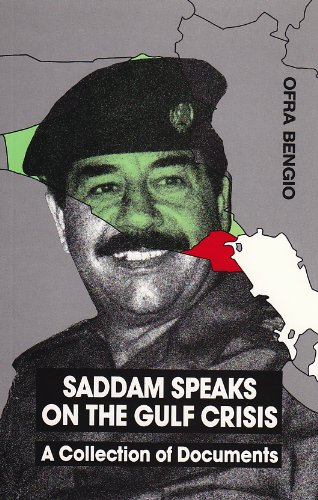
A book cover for Mr.: A Collection of Documents (Contemporary Issues in the Middle East); Ofra Bengio; History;